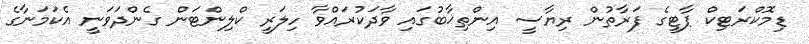
ޑިމޮކްރަޓިކް ޕާޓީގެ ފަރާތުން ރިޔާސީ އިންތިޚާބުގައި ވާދަކުރައްވާ ހިލަރީ ކްލިންޓަން ގެންދަވަނީ އެކަމަނާގެ